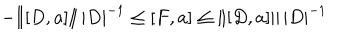
- \| [ D , a ] \| \, | D | ^ { - 1 } \leq [ F , a ] \leq \| [ D , a ] \| \, | D | ^ { - 1 }